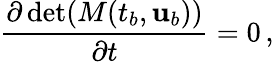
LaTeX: \frac{\partial\operatorname*{det}(M(t_{b},{\mathbf{u}}_{b}))}{\partial t}=0\, ,